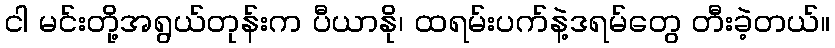
ငါ မင်းတို့အရွယ်တုန်းက ပီယာနို၊ ထရမ်းပက်နဲ့ဒရမ်တွေ တီးခဲ့တယ်။